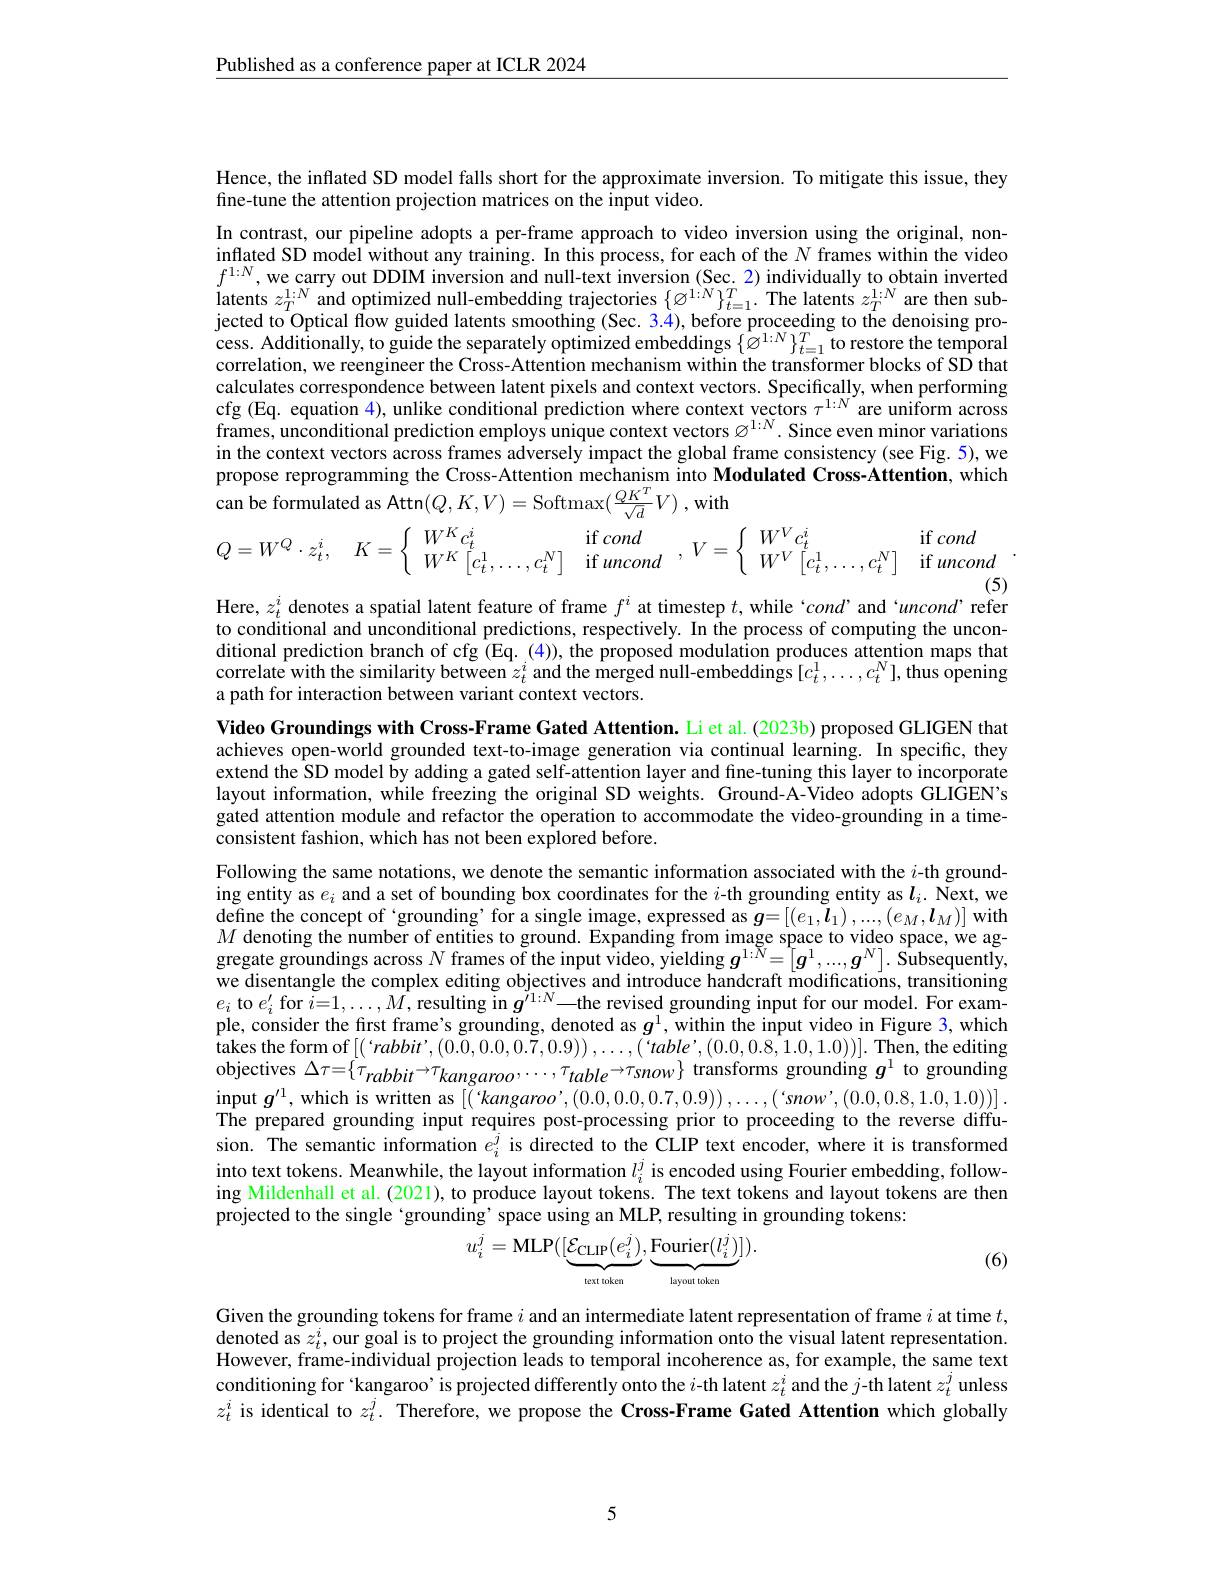
Published as a conference paper at ICLR 2024

Hence, the inflated SD model falls short for the approximate inversion. To mitigate this issue, they
fine-tune the attention projection matrices on the input video.

In contrast, our pipeline adopts a per-frame approach to video inversion using the original, noninflated SD model without any training. In this process, for each of the $N$ frames within the video $f^{1:N}$, we carry out DDIM inversion and null-text inversion (Sec. 2) individually to obtain inverted latents $z_T^{1:N}$ and optimized null-embedding trajectories $\{\varnothing^{1:N}\}_{t=1}^T.$ The latents $z_T^{1:N}$ are then sub- $\text{jected to}^{\mathrm{O} }$ptical fiow guided latents smoothing ( Sec. 34) , before proceeding to the denoising pro- cess. Additionally, to guide the separately optimized embeddings $\{ \varnothing ^{1: N}\} _{t= 1}^{T}$to restore the temporal correlation, we reengineer th calculates correspondence between latent pixels and context vectors. Specifically, when performing cfg (Eq. equation 4), unlike conditional prediction where context vectors $\tau^{1:N}$ are uniform across frames, unconditional prediction employs unique context vectors $\varnothing^{1:N}.$ Since even minor variations in the context vectors across frames adversely impact the global frame consistency (see Fig. 5), we
$$\left.\begin{aligned}&\text{propose feprograinming the Cross-Auenton mechamsm mito Modulated Cross-Autenuon, which}\\&\text{can be formulated as Attn}(Q,K,V)=\mathrm{Softmax}(\frac{QK^T}{\sqrt{d}}V)\:,\:\mathrm{with}\\&Q=W^Q\cdot z_t^i,\quad K=\left\{\begin{array}{ll}W^Kc_t^i&\text{if }cond\\W^K\left[c_t^1,\ldots,c_t^N\right]&\text{if }uncond\end{array}\right.,\:V=\left\{\begin{array}{ll}W^Vc_t^i&\text{if }cond\\W^V\left[c_t^1,\ldots,c_t^N\right]&\text{if }uncond\end{array}\right..\end{aligned}\right.$$
Here, $z_t^i$ denotes a spatial latent feature of frame $f^i$ at timestep $t$,while 'cond’and‘uncond’refer to conditional and unconditional predictions, respectively. In the process of computing the unconditional prediction branch of cfg (Eq. (4)), the proposed modulation produces attention maps that correlate with the similarity between $z_t^i$ and the merged null-embeddings [$c_t^1,\ldots,c_t^N]$,thus opening a path for interaction between variant context vectors.

Video Groundings with Cross-Frame Gated Attention. Li et al.(2023b) proposed GLIGEN that achieves open-world grounded text-to-image generation via continual learning. In specific, they extend the SD model by adding a gated self-attention layer and fine-tuning this layer to incorporate layout information, while freezing the original SD weights. Ground-A-Video adopts GLIGEN's gated attention module and refactor the operation to accommodate the video-grounding in a timeconsistent fashion, which has not been explored before.
Following the same notations, we denote the semantic information associated with the $i$-th grounding entity as $e_i$ and a set of bounding box coordinates for the $i$-th grounding entity as $l_i.$ Next, we define the concept of 'grounding’for a single image, expressed as $\boldsymbol{g}=[(e_1,\tilde{\boldsymbol{l}}_1),...,(e_M,\boldsymbol{l}_M)]$ with $M$ denoting the number of entities to ground. Expanding from image space to video space, we aggregate groundings across $N$ frames of the input video, yielding $g^{1:N}=[g^1,...,g^N].$ Subsequently we disentangle the complex editing objectives and introduce handcraft modifications, transitioning $e_{i}$ to $e_i^\prime$ for $i=1,\ldots,M$, resulting in $g^\prime1:N\_$the revised grounding input for our model. For example, consider the first frame's grounding, denoted as $g^1$,within the input video in Figure 3, which takes the form of $\left[(`rabbit',(0.\tilde{0},0.0,0.\tilde{7},0.9)\right),\ldots,(`table',(0.0,0.8,1.0,1.0))].$ Then, the editing objectives $\Delta\tau=\{\tau_{rabbit}\rightarrow\tau_{kangaroo},\ldots,\tau_{table}\rightarrow\tau_{snow}\}$ transforms grounding $g^1$ to grounding input $g^{\prime 1}$, which is written as $[ ( ` kangaroo^{\prime }, ( 0. 0, 0. 0, 0. 7, 0. 9) ) , \ldots , ( ` snow^{\prime }, ( 0. 0, 0. 8, 1. 0, 1. 0) ) ] .$ The prepared grounding input requires post-processing prior to proceeding to the reverse diffusion. The semantic information $e_i^j$ is directed to the CLIP text encoder, where it is transformed into text tokens. Meanwhile, the layout information $l_i^j$ is encoded using Fourier embedding, following Mildenhall et al. (2021), to produce layout tokens. The text tokens and layout tokens are then projected to the single `grounding' space using an MLP, resulting in grounding tokens:
$$u_{i}^{j}=\mathrm{MLP}([\underbrace{\mathcal{E}_{\mathrm{CLIP}}(e_{i}^{j})}_{\mathrm{text~token}},\underbrace{\mathrm{Fourier}(l_{i}^{j})}_{\mathrm{layout~token}}]).$$
(6)

Given the grounding tokens for frame $i$ and an intermediate latent representation of frame $i$ at time $t$, denoted as $z_t^i$,our goal is to project the grounding information onto the visual latent representation. However, frame-individual projection leads to temporal incoherence as, for example, $\hat{\text{the same text}}$ conditioning for 'kangaroo’ is projected differently onto the $i$-th latent $z_t^i$ and the $j$-th latent $z_t^j$ unless $z_t^i$ is identical to $z_t^j.$ Therefore, we propose the Cross-Frame Gated Attention which globally

5